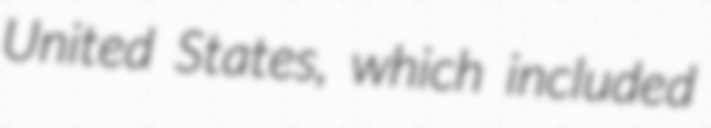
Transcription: United States, which included